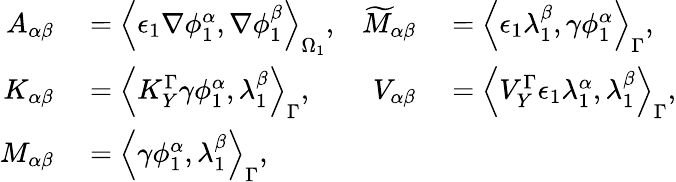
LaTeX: \begin{array}{rlrl}{A_{\alpha\beta}}&{{}=\left\langle\epsilon_{1}\nabla\phi_{1}^{\alpha},\nabla\phi_{1}^{\beta}\right\rangle_{\Omega_{1}},}&{\widetilde{M}_{\alpha\beta}}&{{}=\left\langle\epsilon_{1}\lambda_{1}^{\beta},\gamma\phi_{1}^{\alpha}\right\rangle_{\Gamma},}\\ {K_{\alpha\beta}}&{{}=\left\langle K_{Y}^{\Gamma}\gamma\phi_{1}^{\alpha},\lambda_{1}^{\beta}\right\rangle_{\Gamma},}&{V_{\alpha\beta}}&{{}=\left\langle V_{Y}^{\Gamma}\epsilon_{1}\lambda_{1}^{\alpha},\lambda_{1}^{\beta}\right\rangle_{\Gamma},}\\ {M_{\alpha\beta}}&{{}=\left\langle\gamma\phi_{1}^{\alpha},\lambda_{1}^{\beta}\right\rangle_{\Gamma},}\end{array}